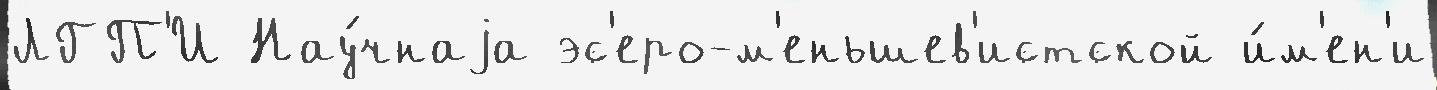
ЛГП'И Нау́чнаjа эс'еро-м'еньшев'истской и́м'ен'и